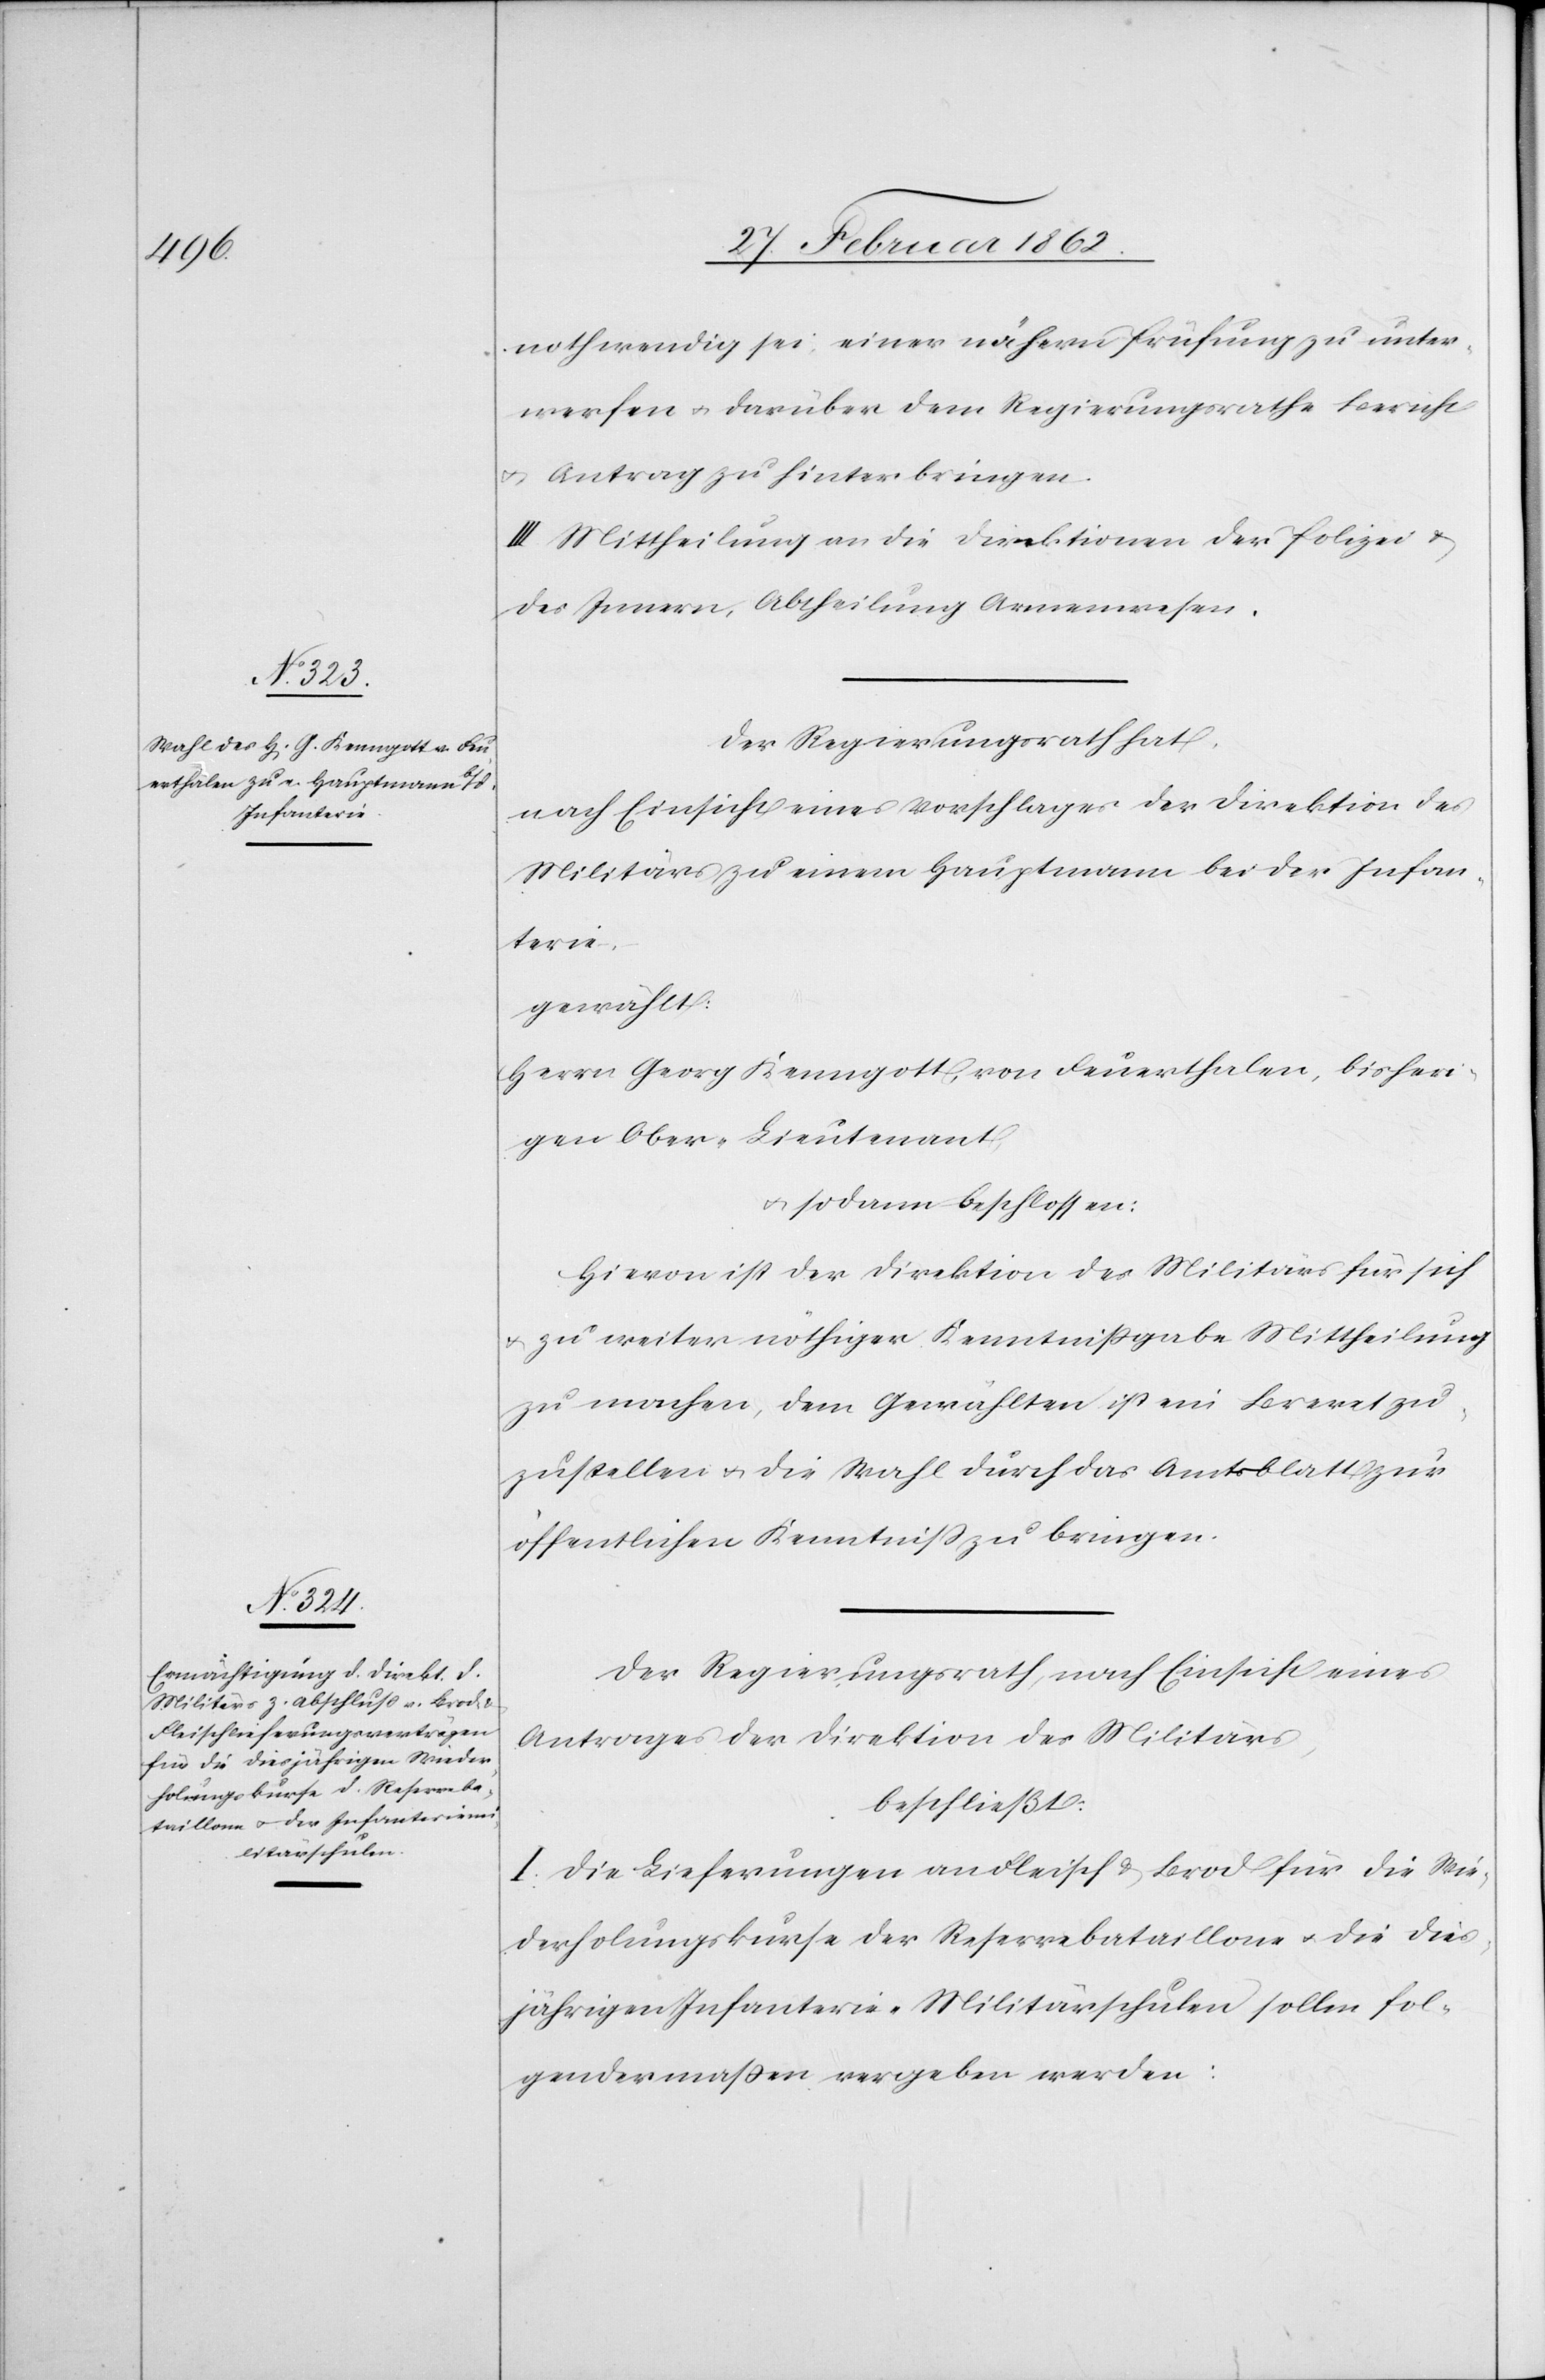
nothwendig sei, einer nähern Prüfung zu unter¬
werfen u. darüber dem Regierungsrathe Berich
u. Antrag zu hinterbringen.
III. Mittheilung an die Direktionen der Polizei &
des Innern, Abtheilung Armenwesen.
Der Regierungsrath hat,
nach Einsicht eines Vorschlages der Direktion des
Militärs zu einem Hauptmann bei der Infan¬
terie,
gewählt:
Herr Georg Kenngott, von Feuerthalen, bisheri¬
gen Ober-Lieutenant,
u. sodann beschlossen:
Hievon ist der Direktion des Militärs für sich
u. zu weiter nöthigen Kenntnißgabe Mittheilung
zu machen, dem Gewählten ist ein Brevet zu¬
zustellen u. die Wahl durch das Amtsblatt zur
öffentlichen Kenntniß zu bringen.
Der Regierungsrath, nach Einsicht eines
Antrages der Direktion des Militärs,
beschließt:
I. Die Lieferungen an Fleisch & Brod für die Wie¬
derholungskurse der Reservebataillone u. die dies¬
jährigen Infanterie-Militärschulen sollen fol¬
gendermaßen vergeben werden: